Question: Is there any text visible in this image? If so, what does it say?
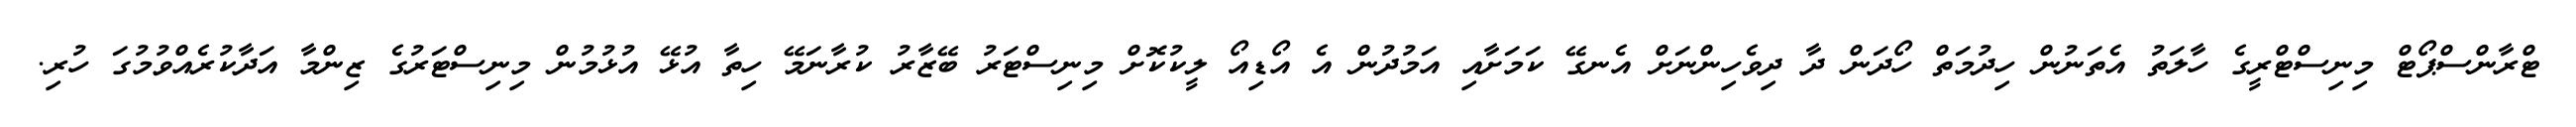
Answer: ޓްރާންސްޕޯޓް މިނިސްޓްރީގެ ހާލަތު އެތަނުން ހިދުމަތް ހޯދަން ދާ ދިވެހިންނަށް އެނގޭ ކަމަށާއި އަމުދުން އެ އޯޑިއޯ ލީކުކޮށް މިނިސްޓަރު ބޭޒާރު ކުރާނަމޭ ހިތާ އުޅޭ އުޅުމުން މިނިސްޓަރުގެ ޒިންމާ އަދާކުރެއްވުމުގަ ހުރި.